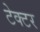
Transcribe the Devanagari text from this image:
टेक्टर